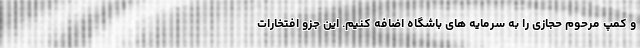
و کمپ مرحوم حجازی را به سرمایه های باشگاه اضافه کنیم. این جزو افتخارات